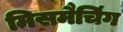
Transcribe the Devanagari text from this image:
मिसमैचिंग